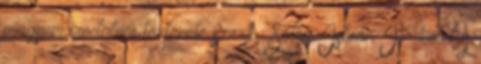
magyar irodalom története szerk.: Sőtér István IV. kötet A